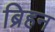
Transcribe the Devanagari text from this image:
ब्रिहन